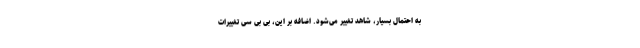
به احتمال بسیار، شاهد تغییر می‌شود. اضافه بر این، بی بی سی تغییرات